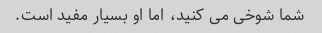
شما شوخی می کنید، اما او بسیار مفید است.